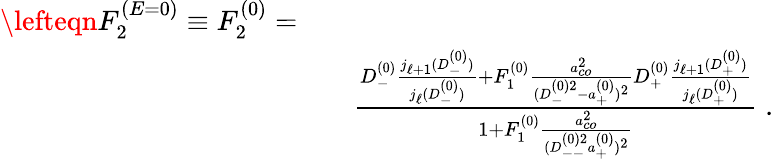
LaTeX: \begin{array}{rlr}{\lefteqn{F_{2}^{(E=0)}\equiv F_{2}^{(0)}=}}\\ &{}&{\frac{D_{-}^{(0)}\frac{j_{\ell+1}(D_{-}^{(0)})}{j_{\ell}(D_{-}^{(0)})}+F_{1}^{(0)}\frac{a_{co}^{2}}{(D_{-}^{(0)2}-a_{+}^{(0)})^{2}}D_{+}^{(0)}\frac{j_{\ell+1}(D_{+}^{(0)})}{j_{\ell}(D_{+}^{(0)})}}{1+F_{1}^{(0)}\frac{a_{co}^{2}}{(D_{--}^{(0)2}a_{+}^{(0)})^{2}}}\; .}\end{array}